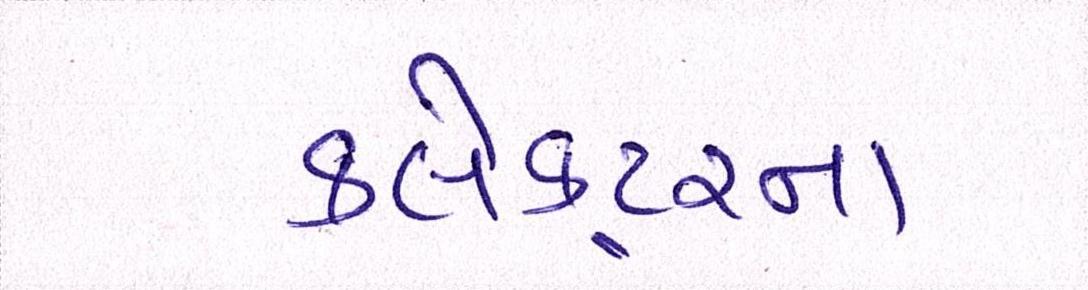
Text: કલેકટરનાં